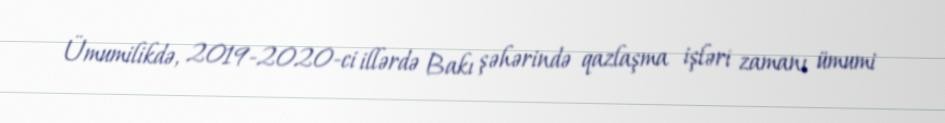
Ümumilikdə, 2019-2020-ci illərdə Bakı şəhərində qazlaşma işləri zamanı ümumi